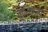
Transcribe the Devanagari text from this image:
कारंतांनी